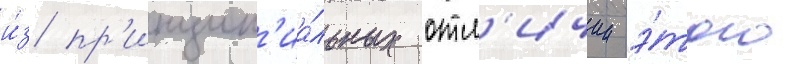
и́з пр'инцип'иа́льных отл'ичии э́того